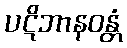
ပဋိဘာနဝန္တံ